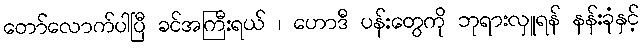
တော်လောက်ပါပြီ ခင်အကြီးရယ် ၊ ဟောဒီ ပန်းတွေကို ဘုရားလှူရန် နန်းခုံနှင့်